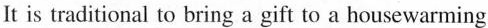
It is traditional to bring a gift to a housewarming